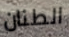
الطنان